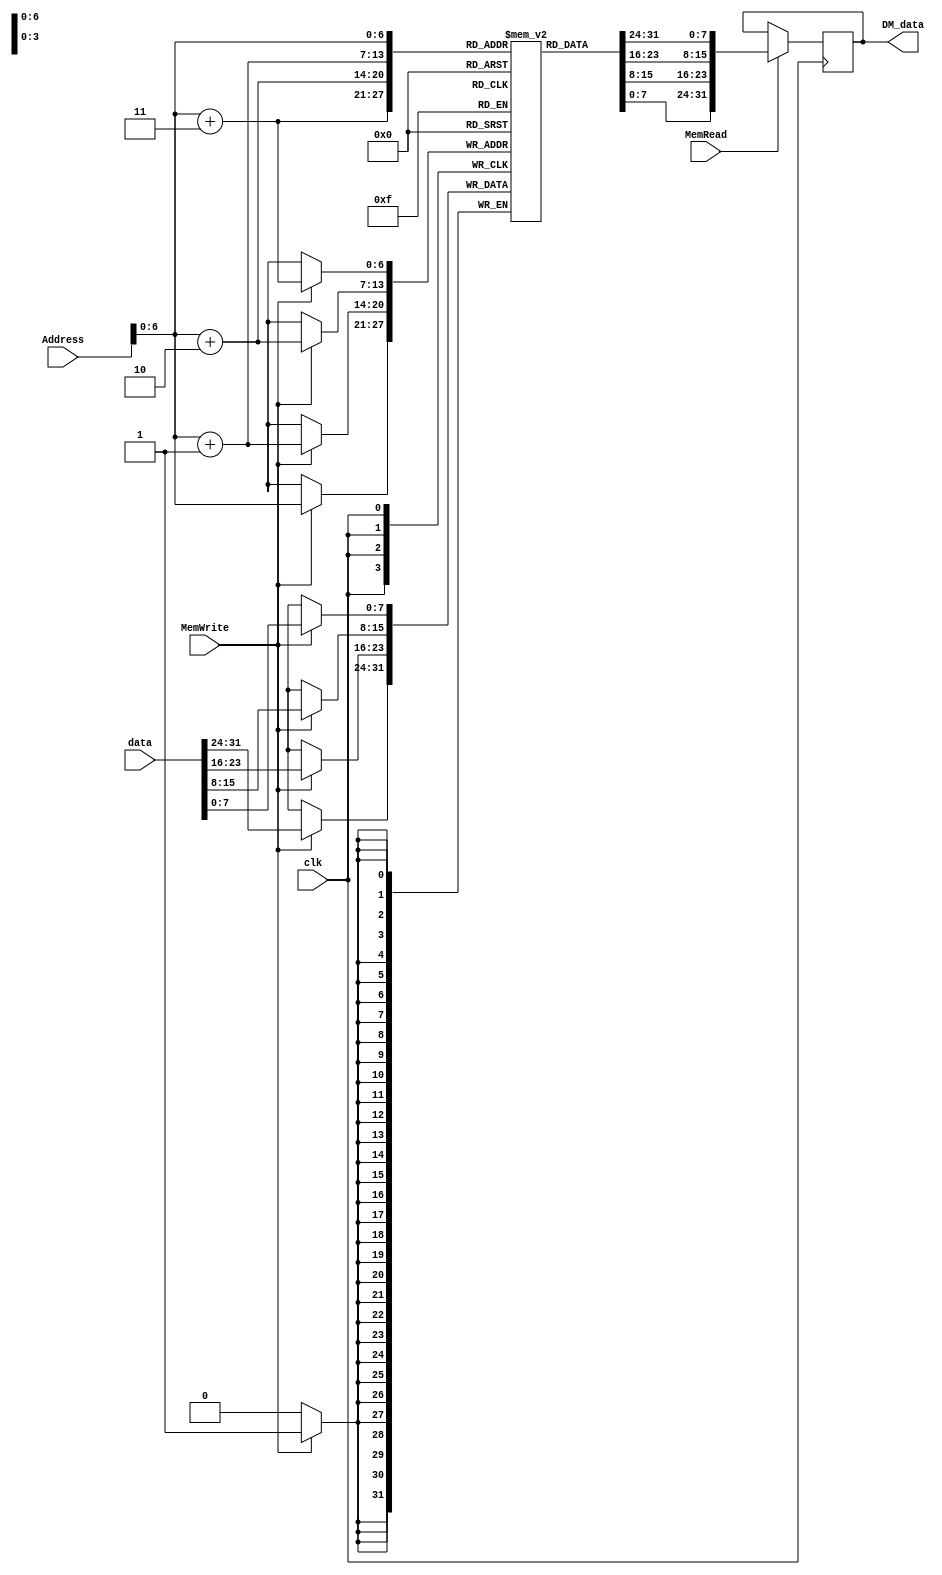
module DM(
	input clk,
 	input [31:0] Address,
 	input [31:0] data,
 	input MemRead,
 	input MemWrite,
 	output reg [31:0] DM_data
 	);

reg [7:0]Mem[127:0];
integer i;

initial begin
DM_data=0;
	for(i=0;i<128;i=i+1)begin
		Mem[i]=8'd0;
	end
end

always @(posedge clk)begin
if(MemWrite){Mem[Address],Mem[Address+1],Mem[Address+2],Mem[Address+3]}=data;
end

always @(negedge clk)begin
if(MemRead)DM_data={Mem[Address],Mem[Address+1],Mem[Address+2],Mem[Address+3]};

end

endmodule